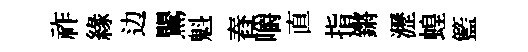
祚緣边鸎魁舂嚼直指鏘瀝蝗籃